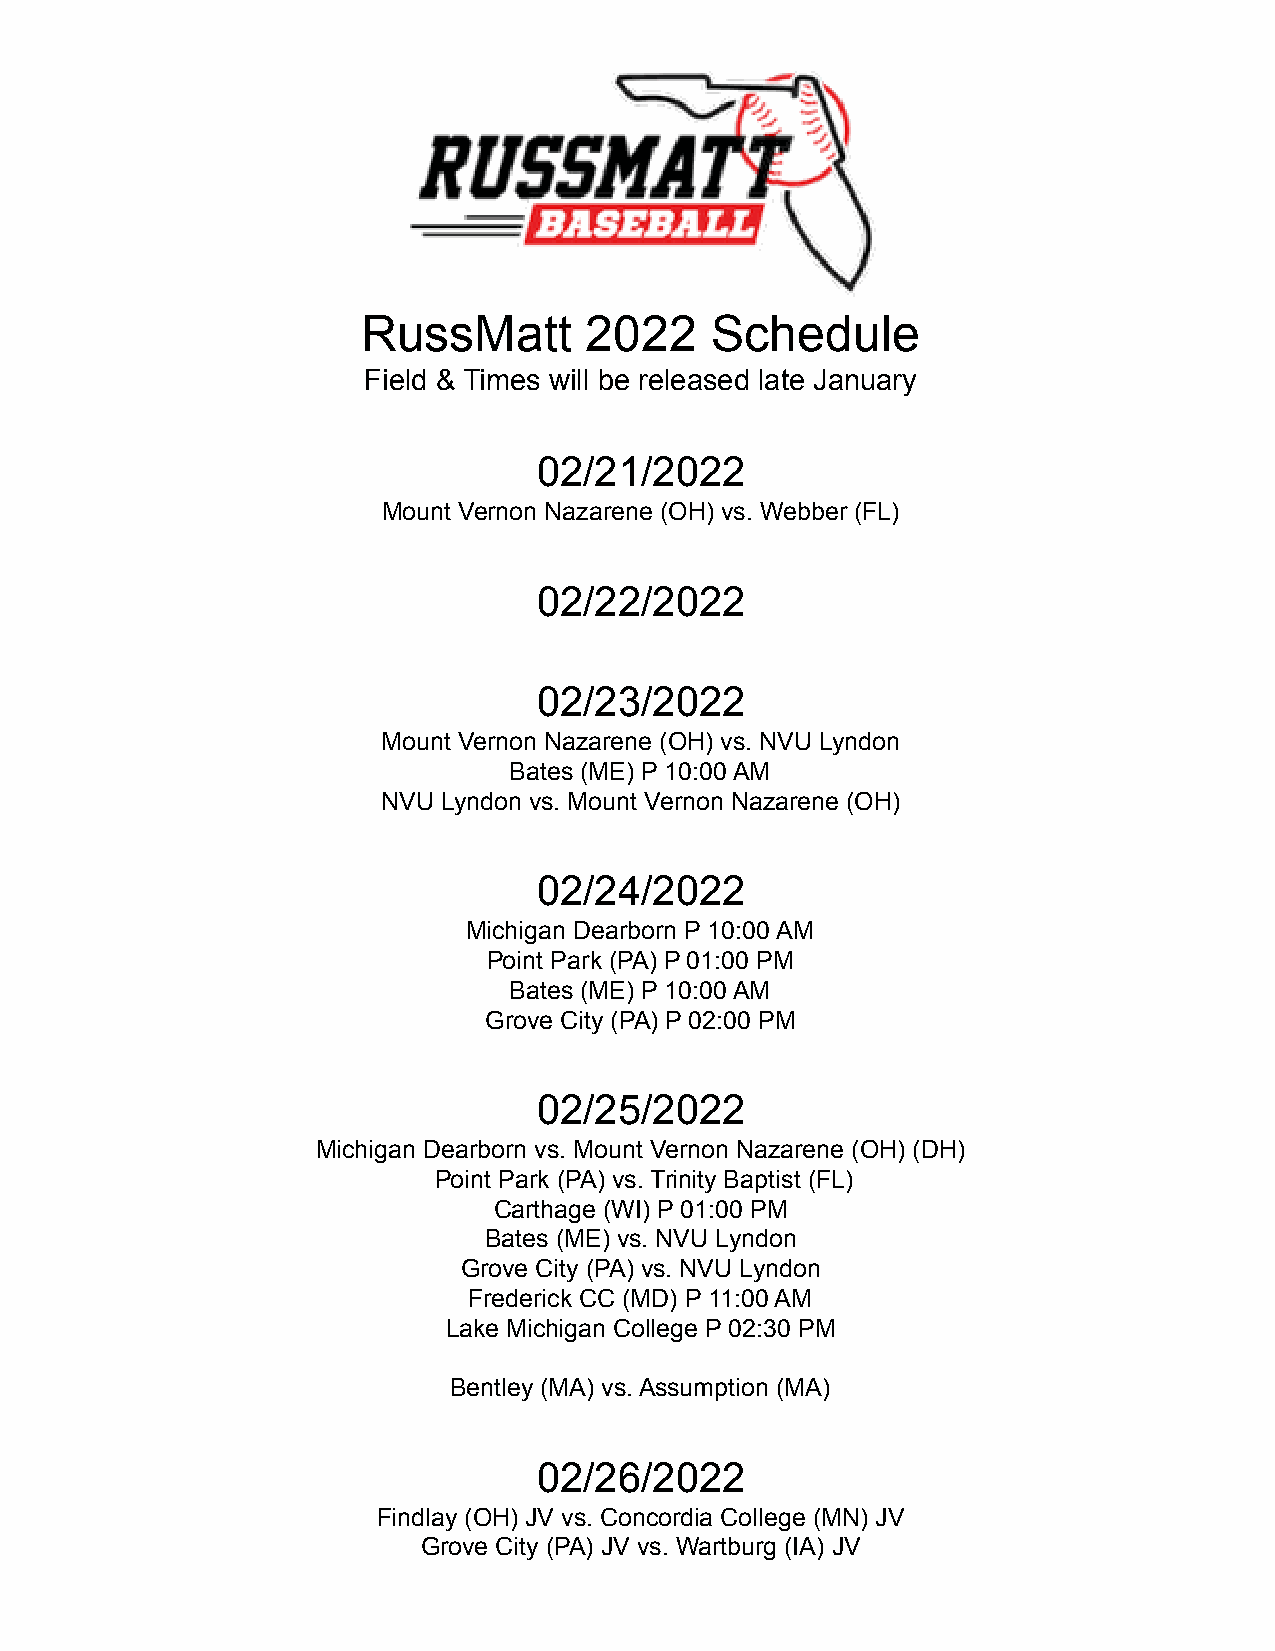
RussMatt       2022    Schedule
 Field & Times will be released late January
 02/21/2022
 Mount Vernon Nazarene (OH) vs. Webber (FL)
 02/22/2022
 02/23/2022
 Mount Vernon Nazarene (OH) vs. NVU Lyndon
 Bates (ME) P 10:00 AM
 NVU Lyndon vs. Mount Vernon Nazarene (OH)
 02/24/2022
 Michigan Dearborn P 10:00 AM
 Point Park (PA) P 01:00 PM
 Bates (ME) P 10:00 AM
 Grove City (PA) P 02:00 PM
 02/25/2022
 Michigan Dearborn vs. Mount Vernon Nazarene (OH) (DH)
 Point Park (PA) vs. Trinity Baptist (FL)
 Carthage (WI) P 01:00 PM
 Bates (ME) vs. NVU Lyndon
 Grove City (PA) vs. NVU Lyndon
 Frederick CC (MD) P 11:00 AM
 Lake Michigan College P 02:30 PM
 Bentley (MA) vs. Assumption (MA)
 02/26/2022
 Findlay (OH) JV vs. Concordia College (MN) JV
 Grove City (PA) JV vs. Wartburg (IA) JV